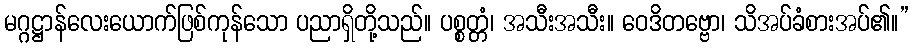
မဂ္ဂဋ္ဌာန်လေးယောက်ဖြစ်ကုန်သော ပညာရှိတို့သည်။ ပစ္စတ္တံ၊ အသီးအသီး။ ဝေဒိတဗ္ဗော၊ သိအပ်ခံစားအပ်၏။”